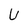
Character: U